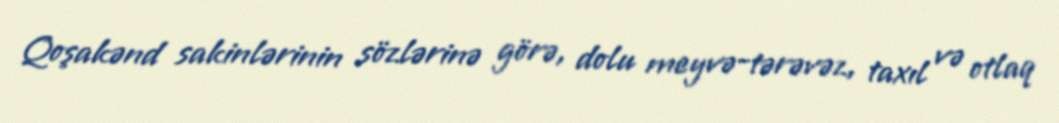
Qoşakənd sakinlərinin sözlərinə görə, dolu meyvə-tərəvəz, taxıl və otlaq